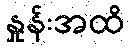
နှုန်းအထိ